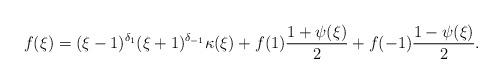
LaTeX: \begin{align*}f(\xi) = (\xi-1)^{\delta_1}(\xi+1)^{\delta_{-1}} \kappa(\xi) + f(1) \frac{1+\psi(\xi)}{2}+ f(-1) \frac{1-\psi(\xi)}{2}.\end{align*}